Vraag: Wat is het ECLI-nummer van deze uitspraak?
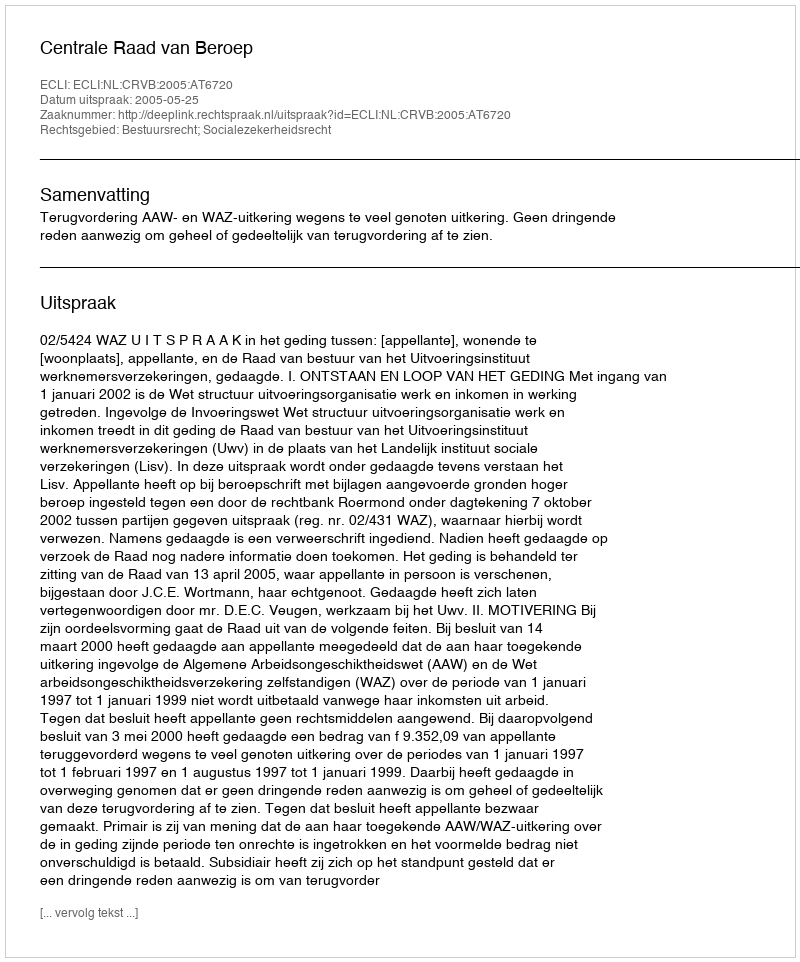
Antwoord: ECLI:NL:CRVB:2005:AT6720